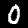
Digit: 0